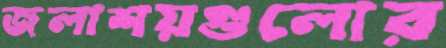
জলাশয়গুলোর